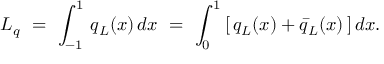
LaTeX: L _ { q } \ = \ \int _ { - 1 } ^ { 1 } \, q _ { L } ( x ) \, d x \ = \ \int _ { 0 } ^ { 1 } \, [ \, q _ { L } ( x ) + \bar { q } _ { L } ( x ) \, ] \, d x .